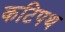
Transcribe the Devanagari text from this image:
कटिपथ